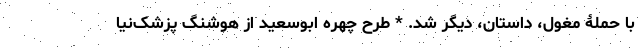
با حملۀ مغول، داستان، دیگر شد. * طرح چهره ابوسعید از هوشنگ پزشک‌نیا